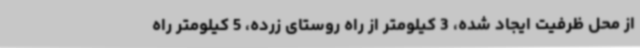
از محل ظرفیت ایجاد شده، 3 کیلومتر از راه روستای زرده، 5 کیلومتر راه